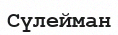
Сүлейман